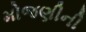
મોજણીની